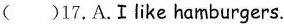
( )17.A.Ilike hamburgers.